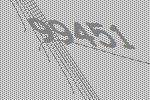
99451